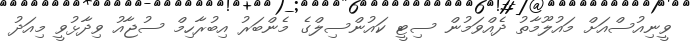
ވީނިއުސްއަށް މައުލޫމާތު ދެއްވަމުން ސިޓީ ކައުންސިލްގެ މެންބަރު އިބުރާހިމް ސުޖާއު ވިދާޅުވީ މިއަދު